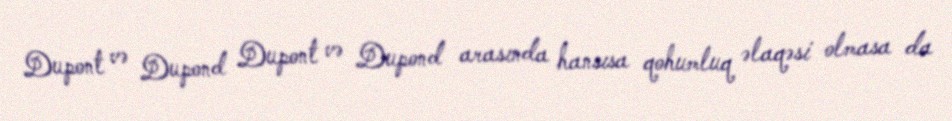
Dupont və Dupond Dupont və Dupond arasında hansısa qohumluq əlaqəsi olmasa da